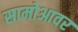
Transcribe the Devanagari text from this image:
सामोआवर